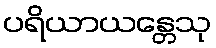
ပရိယာယန္တေသု